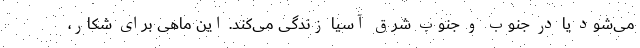
می‌شود یا در جنوب و جنوب شرق آسیا زندگی می‌کند. این ماهی برای شکار،